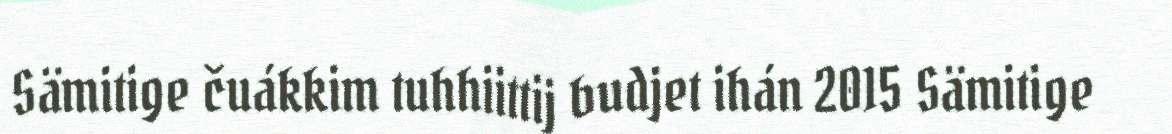
Sämitige čuákkim tuhhiittij budjet ihán 2015 Sämitige